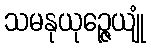
သမနုယုဉ္ဇေယျုံ